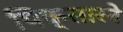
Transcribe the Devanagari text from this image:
पिक्सारने